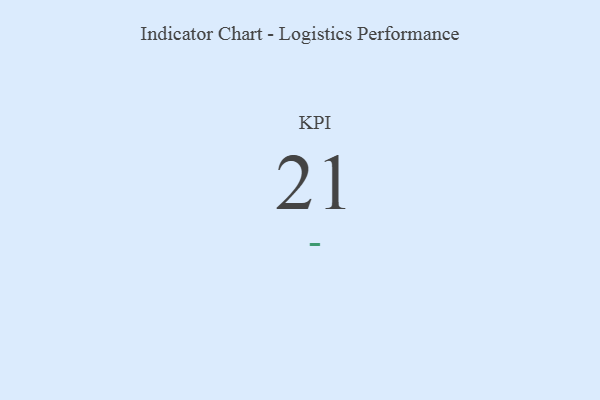
{"axis": {"x": "KPI", "y": "Value"}, "legend": [""], "data": [{"x": "KPI", "y": 21, "type": ""}]}